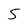
Character: 5